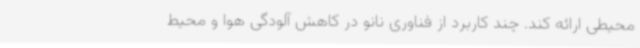
محیطی ارائه کند. چند کاربرد از فناوری نانو در کاهش آلودگی هوا و محیط